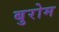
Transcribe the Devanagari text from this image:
बुरोम